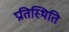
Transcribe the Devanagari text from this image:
प्रतिस्थिति